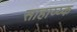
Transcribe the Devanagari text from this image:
साहाय्य्क